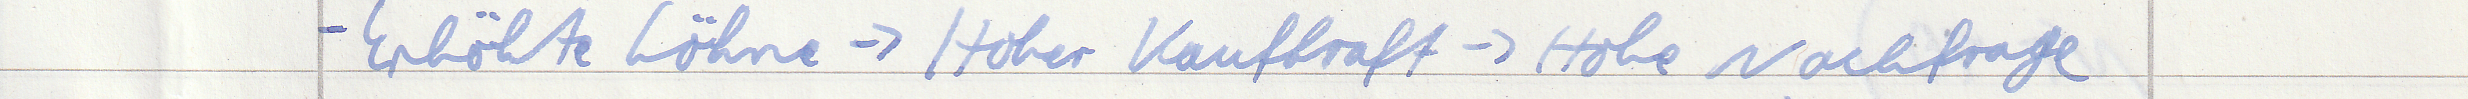
- Erhöhte Löhne -> Hoher Kaufkraft -> Hohe Nachfrage